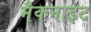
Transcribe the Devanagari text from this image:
मैकनाइट